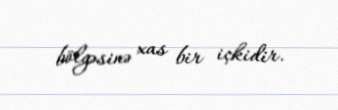
bölgəsinə xas bir içkidir.